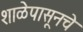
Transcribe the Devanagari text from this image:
शाळेपासूनचे